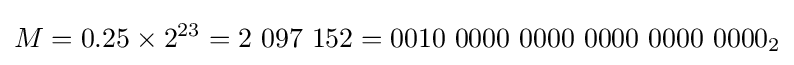
M=0.25\times 2^{23}=2\ 097\ 152=0010\ 0000\ 0000\ 0000\ 0000\ 0000_{2}